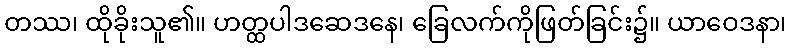
တဿ၊ ထိုခိုးသူ၏။ ဟတ္ထပါဒဆေဒနေ၊ ခြေလက်ကိုဖြတ်ခြင်း၌။ ယာဝေဒနာ၊